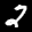
Label: 2